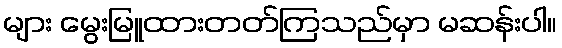
များ မွေးမြူထားတတ်ကြသည်မှာ မဆန်းပါ။